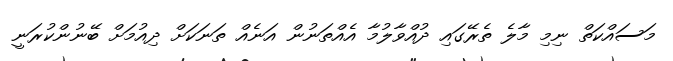
މަސައްކަތް ނިމި މާލެ ތެރޭގައި ދުއްވާލުމާ އެއްތަނުން އަނެއް ތަނަކަށް ދިއުމަށް ބޭނުންކުރަނީ